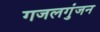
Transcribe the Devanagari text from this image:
गजलगुंजन